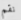
نقم